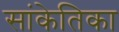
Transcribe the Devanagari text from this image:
सांकेतिका